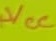
Text: +VCC